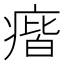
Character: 㾬